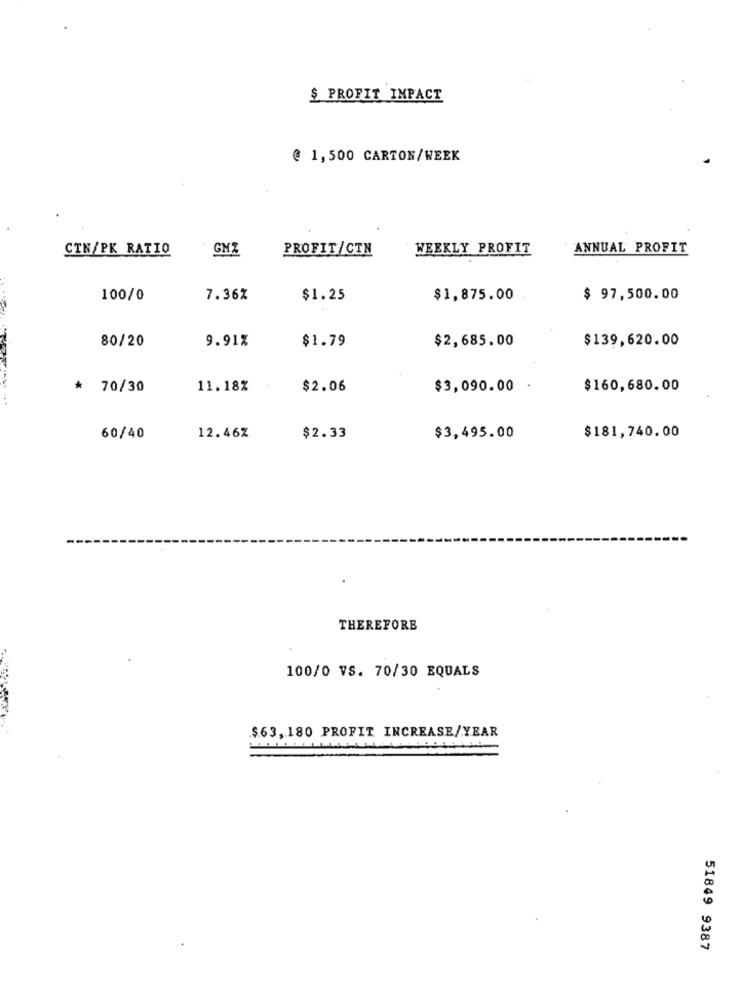
$ PROFIT IMPACT
@ 1,500 CARTON/WEEK
CTN/PK RATIO
GMZ
PROFIT/CTN
WEEKLY PROFIT
ANNUAL PROFIT
100/0
7.36%
$1.25
$1,875.00
$ 97,500.00
80/20
9.91%
$1.79
$2,685.00
$139,620.00
* 70/30
11.18%
$2.06
$3,090.00 .
$160,680.00
60/40
12.46Z
$2.33
$3,495.00
$181,740.00
THEREFORE
100/0 VS. 70/30 EQUALS
$63, 180 PROFIT INCREASE/YEAR
51849 9387